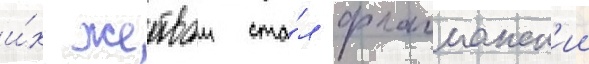
и́х жертвои ста́л флагманск'ии